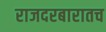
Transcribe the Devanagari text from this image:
राजदरबारातच